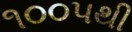
૧૦૦૫થી